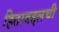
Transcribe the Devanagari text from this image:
हिताबद्दलची